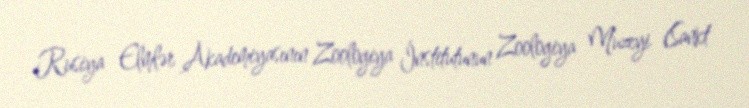
Rusiya Elmlər Akademiyasının Zoologiya İnstitutunun Zoologiya Muzeyi (Sankt